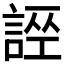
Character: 𧩄